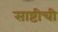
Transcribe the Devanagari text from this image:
साष्टीची